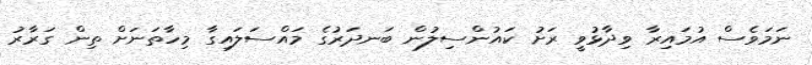
ނަމަވެސް އުމައިރާ ވިދާޅުވީ ރަށު ކައުންސިލުން ބަނދަރުގެ މައްސަލައިގާ މިހާތަނަށް ތިން ގަރާރު